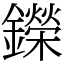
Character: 鑅